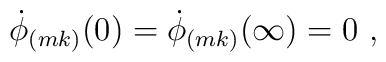
\dot{\phi}_{(mk)}(0) = \dot{\phi}_{(mk)}(\infty) = 0  ~,